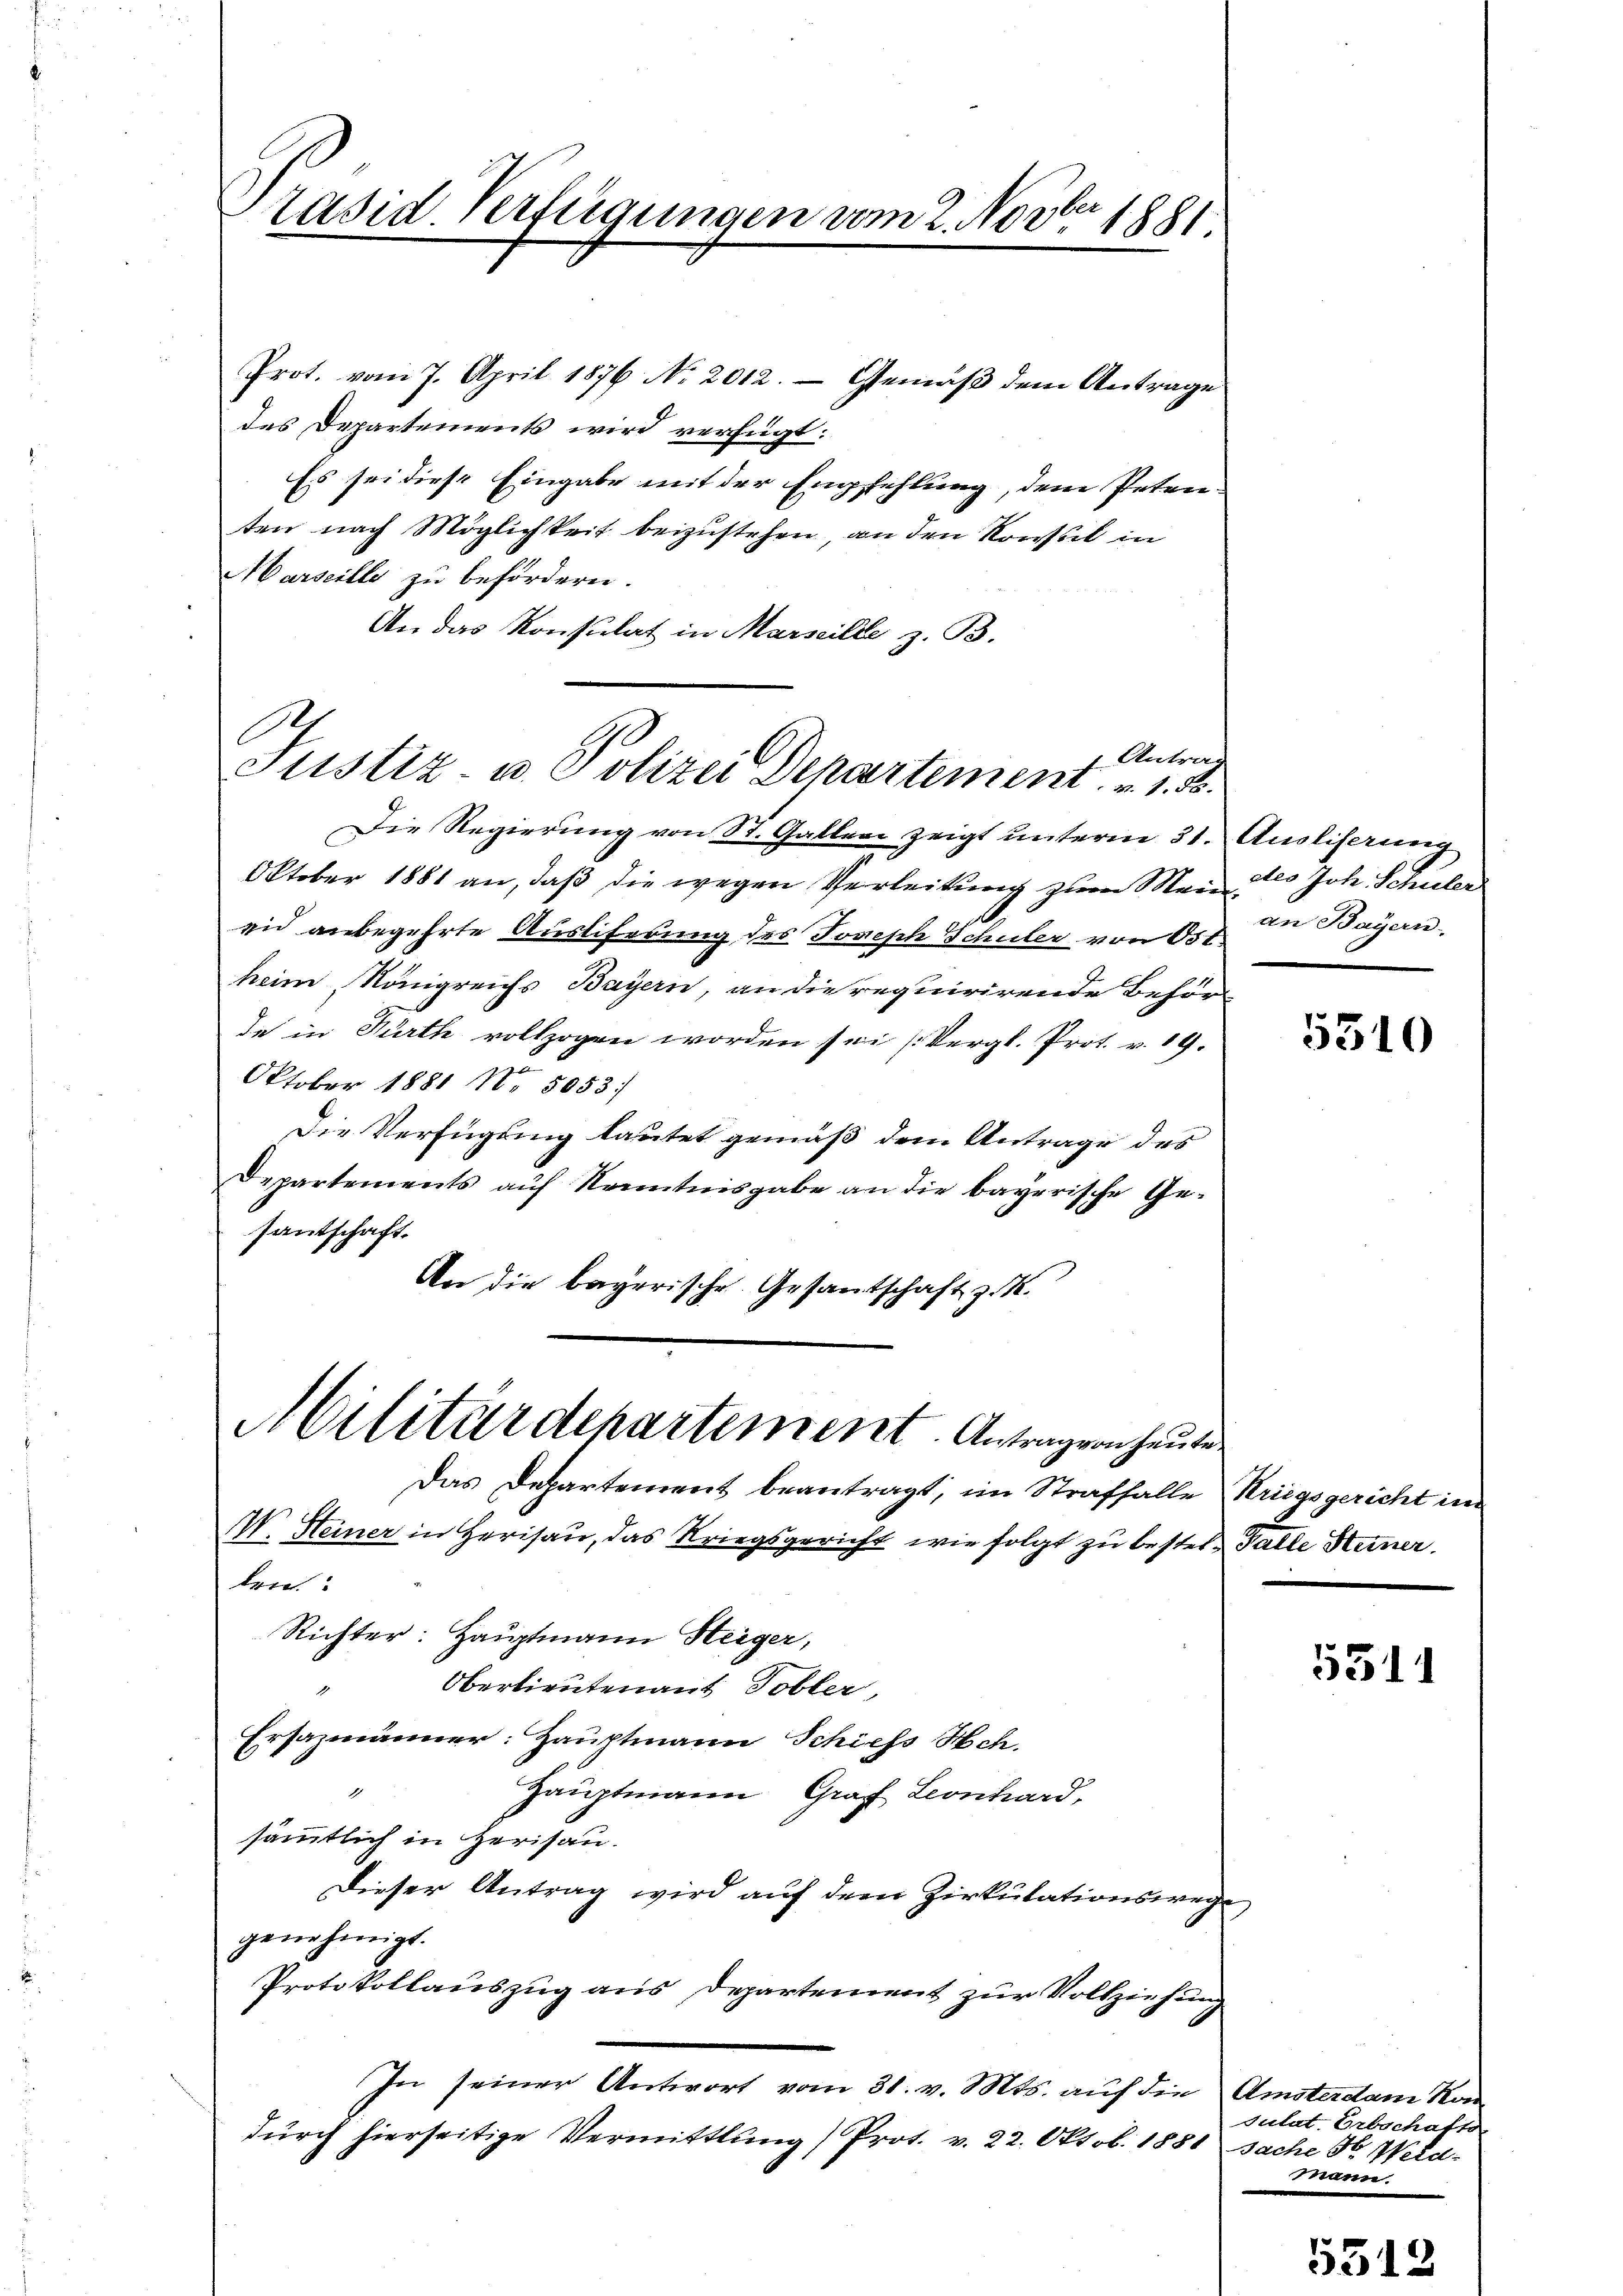
Präsid. Verfügungen vom 2. Novbr 1881.

Prot. vom 7. April 1876 No 2012. Gemäβ dem Antrage
des Departements wird verfügt:
Es sei diese Eingabe mit der Empfehlung, dem Peten-
ten nach Möglichkeit beizustehen, an den Konsul in
Marseille zu befördern.
An das Konsulat in Marseille z. B.
C
Antrag
Justiz- u. Polizei Departement v. 18.

Oktober 1881 an, daß die wegen Verleitung zum Mein
r
eid anbegehrte Ausliferung des Joseph Schuler von Ost-
heim Königreichs Bayern, an die requirirende Behör-
de in Fürth vollzogen worden sei (Vergl. Prot. v. 19.

Oktober 1881 No 5053/
Die Verfügung lautet gemäß dem Antrage des
Departements auf Kenntnisgabe an die bayerische Ge-
santschaft.
An die bayerische Gesamtschaft z. K.
Das Departement beantragt, im Straffalle Kriegsgericht im
I. Heiner in Herisau, das Kriegsgericht wie folgt zu bestes Falle Steiner
den
Richter: Hauptmann Steiger,
Oberlieutenant Tobler
1
Ersazmänner: Hauptmann Schiess Hch.
Hauptmann Graf Lontwrd,
sämmtlich in Zerisau.
Dieser Antrag wird auf dem Zirkulationswege,
genehmigt.
Protokollauszug aus Departement zur Vollziehung
In seiner Antwort vom 31. v. Mts. auf die Amsterdam Kan
durch hierseitige Vermittlung /Prot. v. 22. Oktob. 1880 sache H. Werd¬

Militärdepartement. Antrag von heuten

Die Regierung von St. Gallen zeigt unterm 31. Ausliserung

dtes Joh. Schüler
an Bayern.

5310

5311

sulat, Erbschafts-
Mann.

53
2